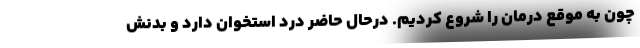
چون به موقع درمان را شروع کردیم. درحال حاضر درد استخوان دارد و بدنش